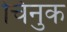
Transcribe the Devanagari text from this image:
चिनुक